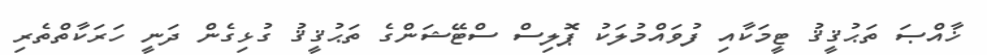
ޚާއްޞަ ތަޙުޤީޤު ޓީމަކާއި ފުވައްމުލަކު ޕޮލިސް ސްޓޭޝަންގެ ތަޙުޤީޤު ގުޅިގެން ދަނީ ހަރަކާތްތެރި